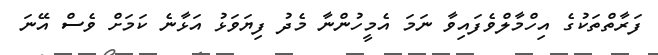
ފަރާތްތަކުގެ އިހްމާލްވެފައިވާ ނަމަ އެމީހުންނާ މެދު ފިޔަވަޅު އަޅާނެ ކަަމަށް ވެސް އޭނަ